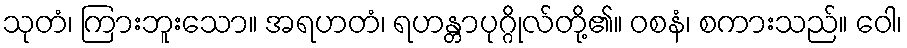
သုတံ၊ ကြားဘူးသော။ အရဟတံ၊ ရဟန္တာပုဂ္ဂိုလ်တို့၏။ ဝစနံ၊ စကားသည်။ ဝေါ၊